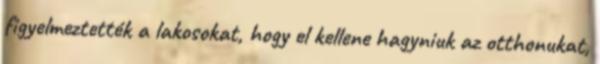
figyelmeztették a lakosokat, hogy el kellene hagyniuk az otthonukat,